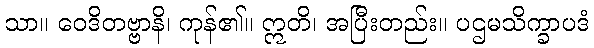
သာ။ ဝေဒိတဗ္ဗာနိ၊ ကုန်၏။ ဣတိ၊ အပြီးတည်း။ ပဌမသိက္ခာပဒံ